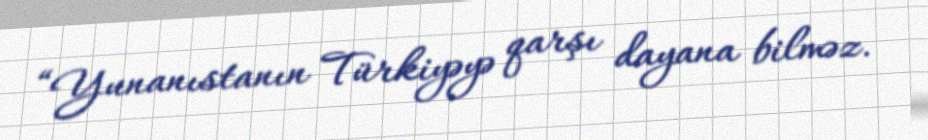
“Yunanıstanın Türkiyəyə qarşı dayana bilməz.